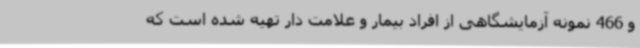
و 466 نمونه آزمایشگاهی از افراد بیمار و علامت دار تهیه شده است که